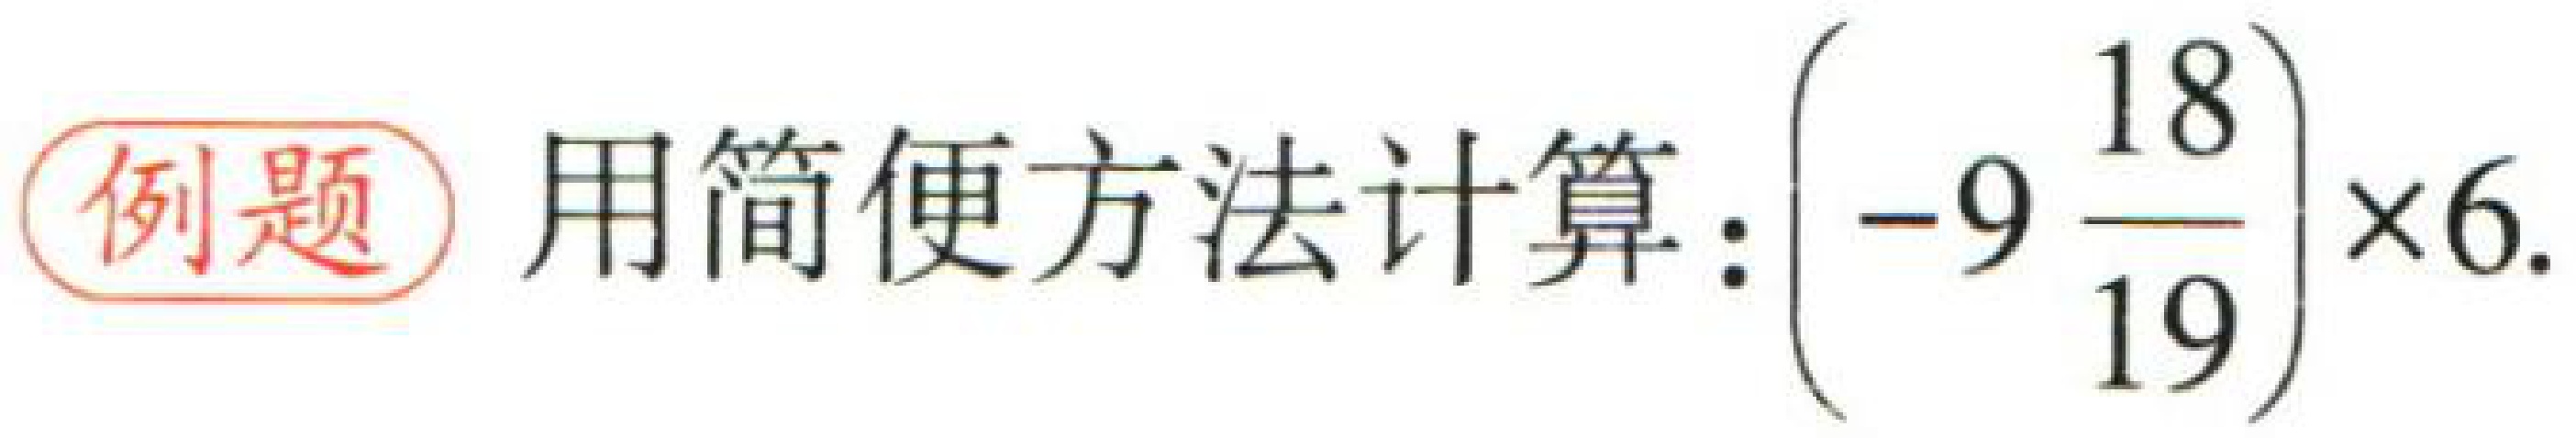
例题 用简便方法计算：\(\left(-9\frac{18}{19}\right)\times6\)